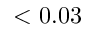
< 0 . 0 3